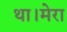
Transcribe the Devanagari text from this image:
था।मेरा